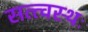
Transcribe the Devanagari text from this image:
सत्त्वस्थः